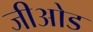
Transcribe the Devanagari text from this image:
जीओड